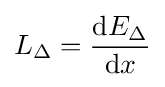
L_{\Delta }={\frac {{\text{d}}E_{\Delta }}{{\text{d}}x}}